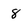
Character: 8